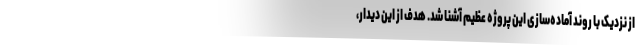
از نزدیک با روند آماده‌سازی این پروژه عظیم آشنا شد. هدف از این دیدار،